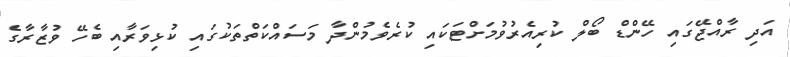
އަދި ރާއްޖޭގައި ހޭންޑް ބޯލް ކުރިއެރުވުމަށްޓަކައި ކުރެވެމުންދާ މަސައްކަތްތަކުގައި ކުޅިވަރާއި ބެހޭ ވުޒާރާގެ